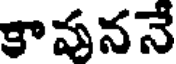
కావననే